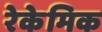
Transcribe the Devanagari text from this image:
रेकेमिक